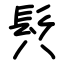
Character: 𩫵